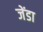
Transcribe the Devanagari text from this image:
जेंडा